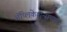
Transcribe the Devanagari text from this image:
ॲप्लिकेशन्सच्या